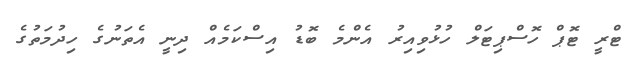
ޓްރީ ޓޮޕް ހޮސްޕިޓަލް ހުޅުވިއިރު އެންމެ ބޮޑު އިސްކަމެއް ދިނީ އެތަނުގެ ހިދުމަތުގެ